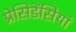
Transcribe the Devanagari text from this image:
प्रेसिडेंसियां